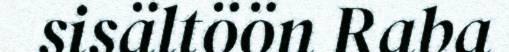
sisältöön Raba